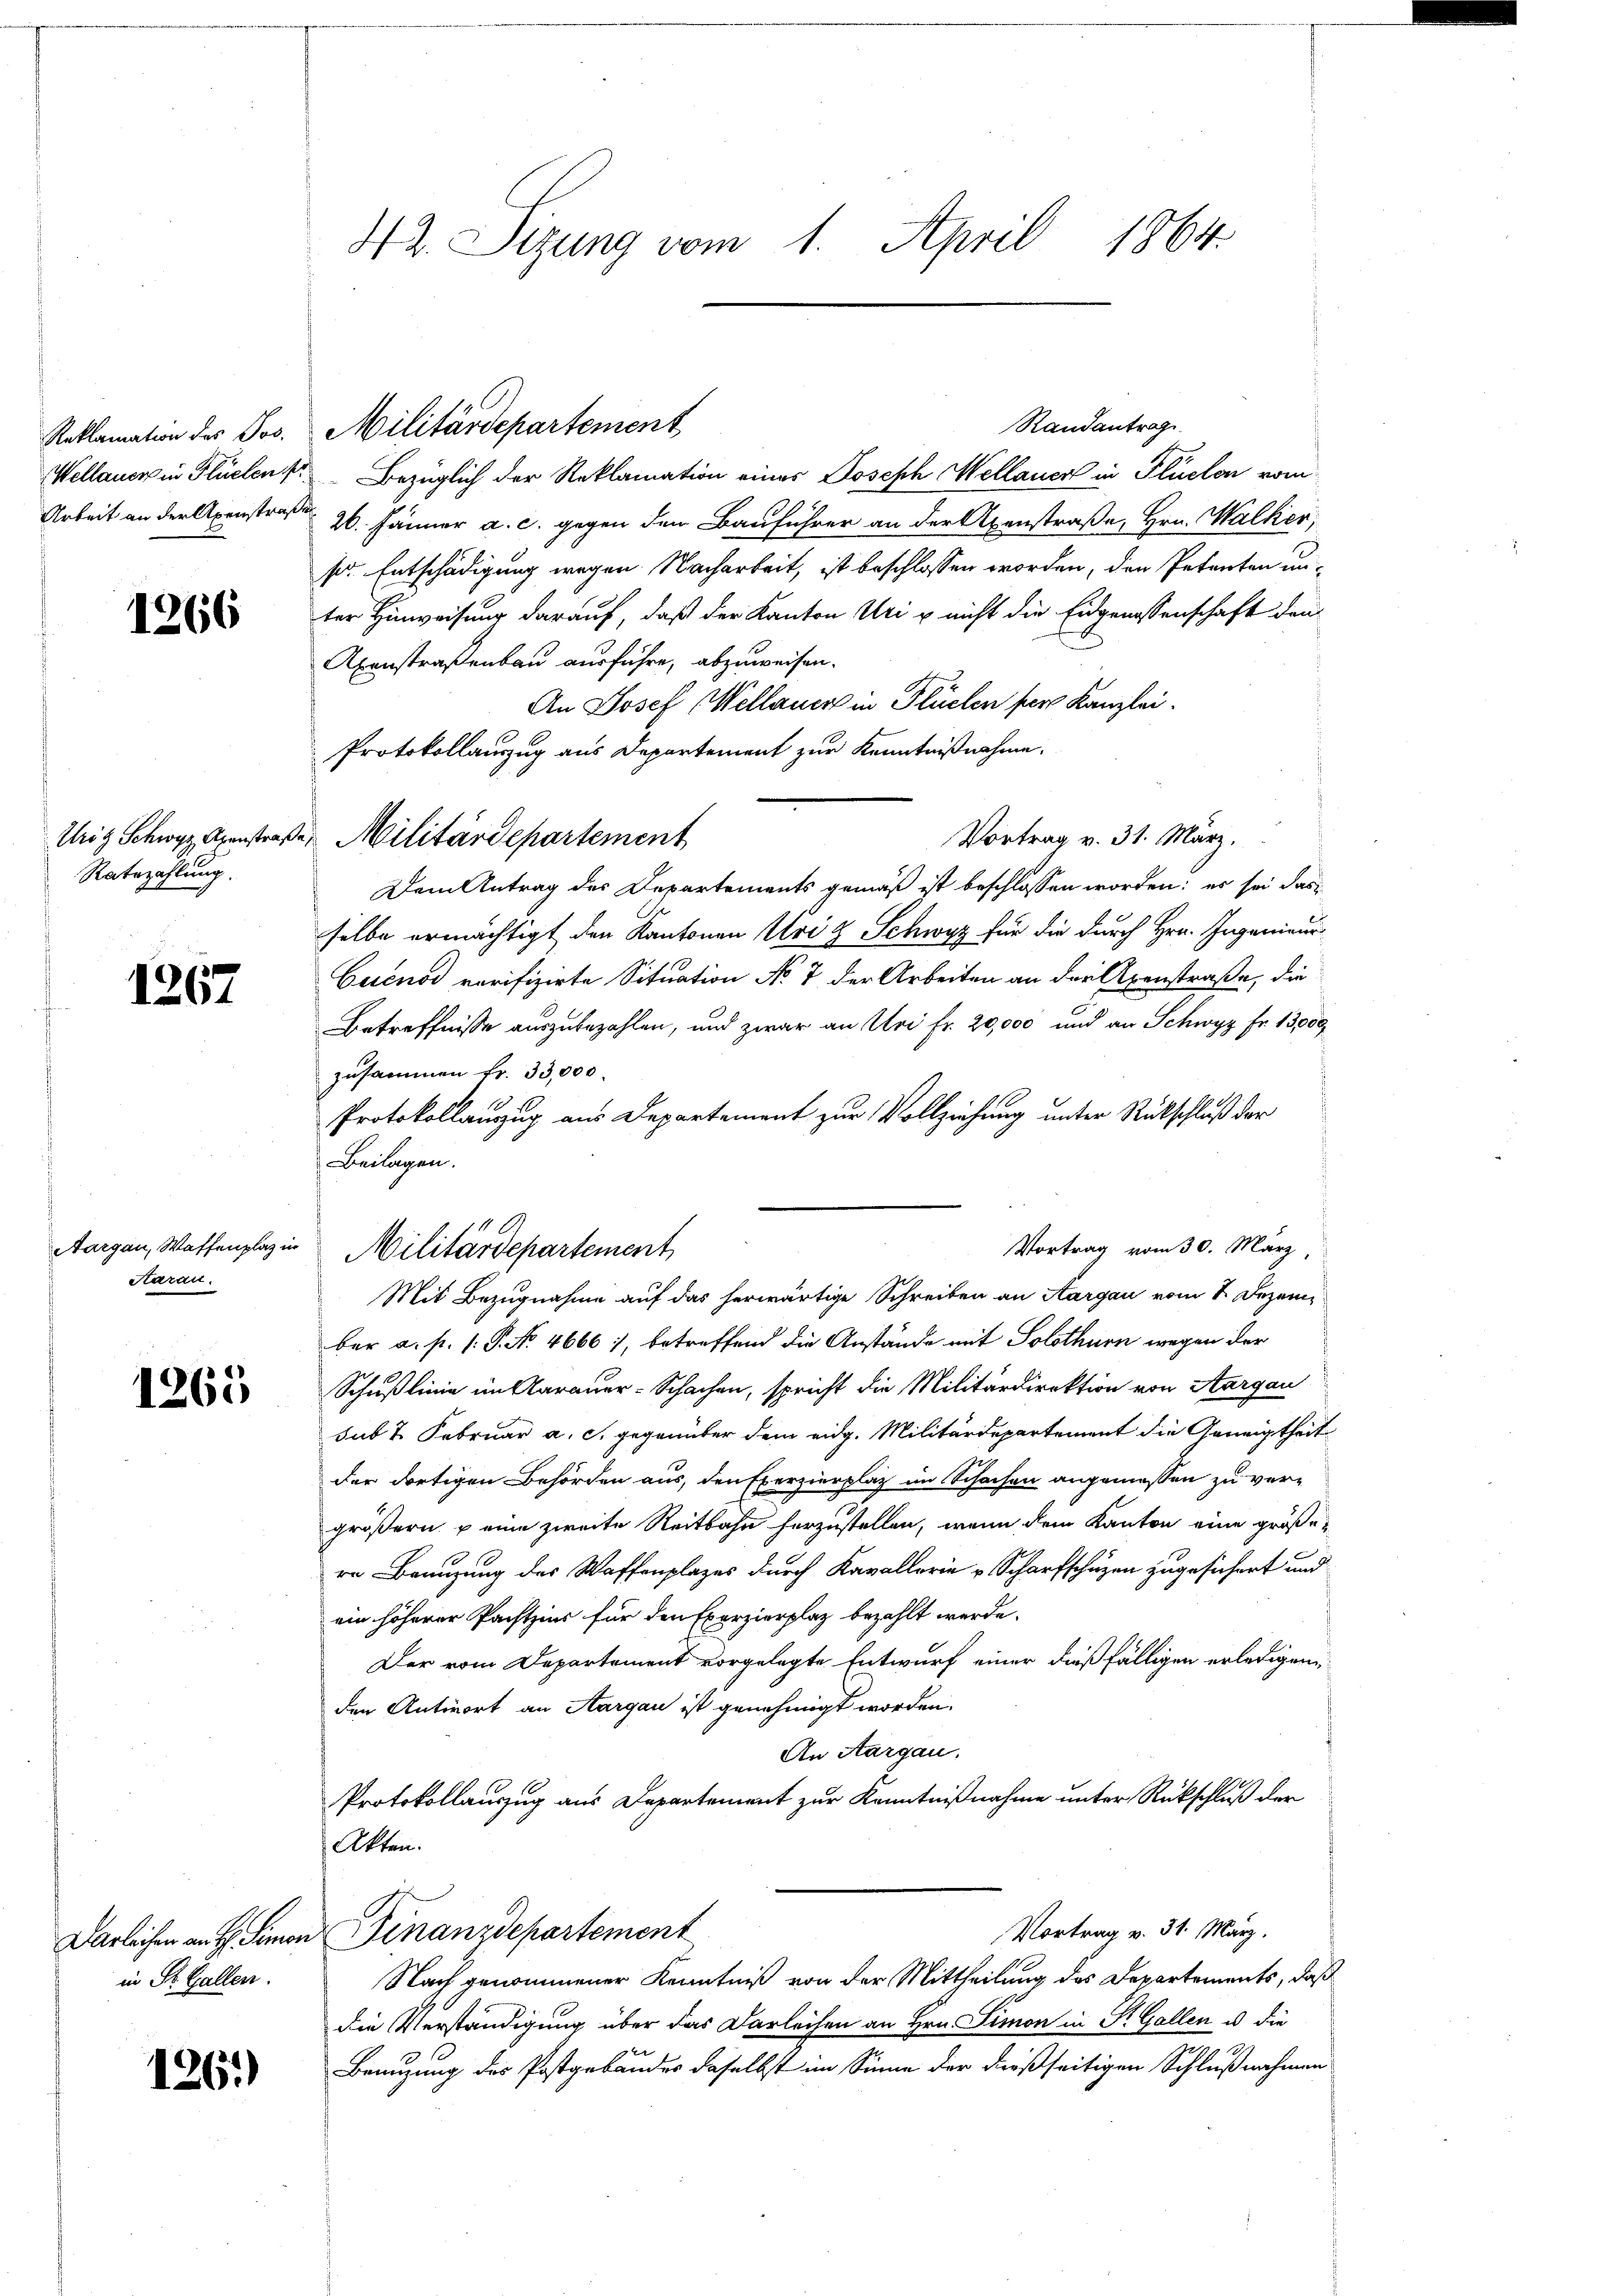
1266

Ratszahlung.

1267

Aargau, Waffenplaz in
Haran.

1265

in St. Gallen.

1261)

42. Sizung vom 1. April 1864.

Randantrag
Reklamation des Jos. Militärdepartement
Wellauer in Flüelen Bezüglich der Reklamation eines Joseph Mellauer in Flüelen vom
Arbeit an der Axenstraße 26. Jänner a. c. gegen den Bauführer an der Axenstraße, Hrn. Walker,
s. Entschädigung wegen Nacharbeit, ist beschlossen worden, den Petenten un-
ter Hinweisung darauf, daß der Kanton Uri u nicht die Eidgenossenschaft den
Axenstraßenbau ausführe, abzuweisen.
An Josef Wellauer in Flüelen pers Kanzlei¬
Protokollauszug aus Departement zur Kenntnißnahme.
Vortrag v. 31. März.
Ursy Schwyz Apenstraße Militärdepartement
Dem Antrag des Departements gemäß ist beschlossen worden; es sei das
selbe ermächtigt den Kantonen Uri & Schwyz für die durch Hrn. Ingenieur
Cuenod verifizirte Situation No 7 der Arbeiten an der Axenstraße, die
Betreffnisse auszubezahlen, und zwar an Uri fr. 20,000 und an Schwyz Fr. 13,000
zusammen fr. 33,000.
Protokollauszug aus Departement zur Vollziehung unter Rückschluß der
Beilagen.
Vortrag vom 30. März,
Mit Bezugnahme auf das herwärtige Schreiben an Aargau vom 8. Dezember a. p. 1. P. No 4666), betreffend die Anstände mit Solothurn wegen der
Schußlinie im Aarauer-Schachen, spricht die Militärdirektion von Aargau
sub 2. Februar a. c. gegenüber dem eidg. Militärdepartement die Geneigtheit
der dortigen Behörden aus, den Exerzierplatz im Schachen angemessen zu ver-
größern u eine zweite Reitbahn herzustellen, wenn dem Kanton eine größere Branzung des Waffenplazes durch Kavallerie Scharfschüzen zugesichert und
ein höherer Pachtzins für den Exerzierplaz bezahlt werde.
Der vom Departement vorgelegte Entwurf einer dießfälligen erledigenden Antwort an Aargau ist genehmigt worden.
An Aargau.
Protokollauszug aus Departement zur Kenntnißnahme unter Rückschluß der
Akten.
Vortrag v. 31. März.
Darleichen an H. Simon Finanzdepartement
Nach genommener Kenntniß von der Mittheilung des Departements, daß
die Verständigung über das Darleihen an Hrn. Simon in Pr. Gallen u. die
Benuzung des Postgebäudes daselbst im Sinne der dießseitigen Schlußnahmen

Militärdepartement